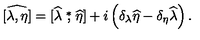
\widehat { [ \lambda , \eta ] } = [ \widehat \lambda \stackrel { * } { , } \widehat \eta ] + i \left( \delta _ { \lambda } \widehat \eta - \delta _ { \eta } \widehat \lambda \right) .